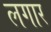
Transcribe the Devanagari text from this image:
लगार